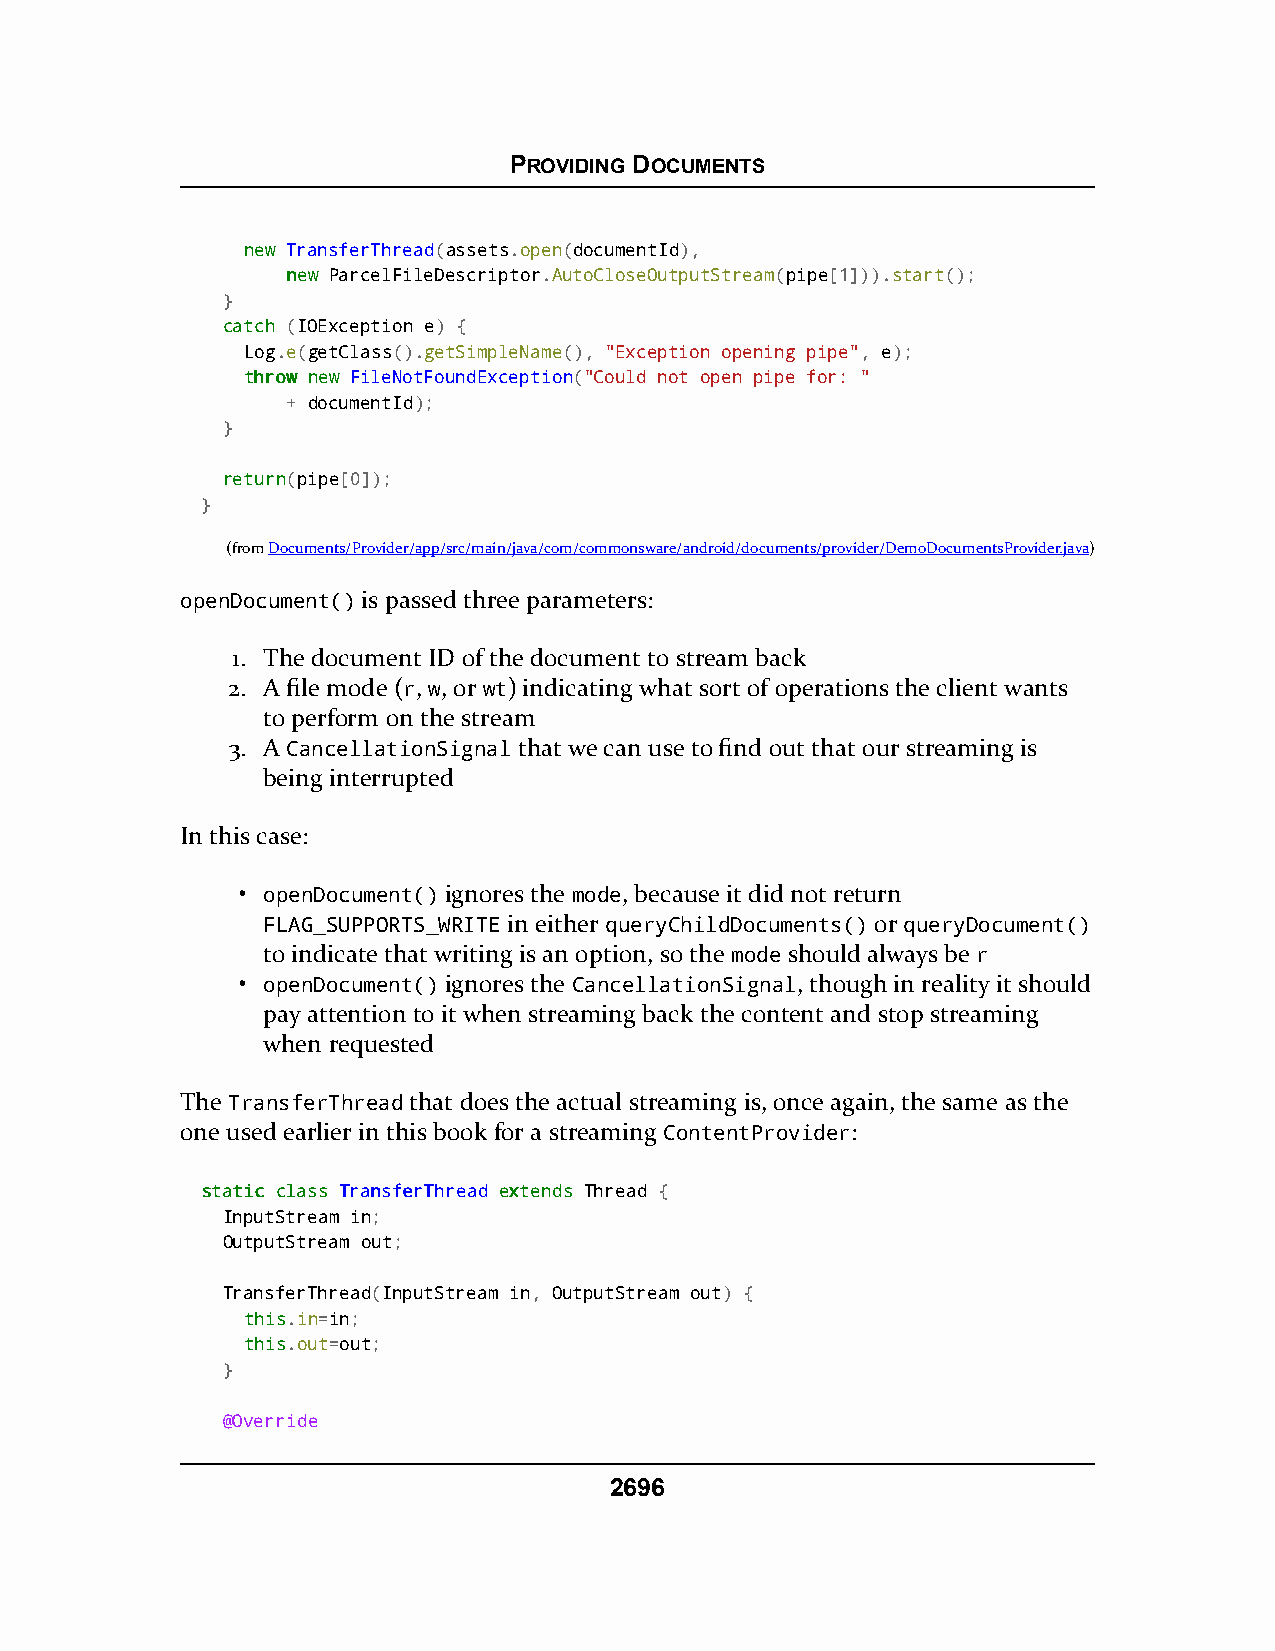
PROVIDING DOCUMENTS
 nneeww TransferThread(assets.open(documentId),
 nneeww ParcelFileDescriptor.AutoCloseOutputStream(pipe[1])).start();
 }
 ccaattcchh (IOException e) {
 Log.e(getClass().getSimpleName(), "Exception opening pipe", e);
 tthhrrooww nneeww FileNotFoundException("Could not open pipe for: "
 + documentId);
 }
 rreettuurrnn(pipe[0]);
 }
 (fromDocuments/Provider/app/src/main/java/com/commonsware/android/documents/provider/DemoDocumentsProvider.java)
 openDocument() is passed three parameters:
 1. The document ID of the document to stream back
 2. A file mode (r, w, or wt) indicating what sort of operations the client wants
 to perform on the stream
 3. A CancellationSignal that we can use to find out that our streaming is
 being interrupted
 In this case:
 • openDocument() ignores the mode, because it did not return
 FLAG_SUPPORTS_WRITE in either queryChildDocuments() or queryDocument()
 to indicate that writing is an option, so the mode should always be r
 • openDocument() ignores the CancellationSignal, though in reality it should
 pay attention to it when streaming back the content and stop streaming
 when requested
 The TransferThread that does the actual streaming is, once again, the same as the
 one used earlier in this book for a streaming ContentProvider:
 ssttaattiicc ccllaassss TTrraannssffeerrTThhrreeaadd eexxtteennddss Thread {
 InputStream in;
 OutputStream out;
 TransferThread(InputStream in, OutputStream out) {
 tthhiiss.in=in;
 tthhiiss.out=out;
 }
 @Override
 2696